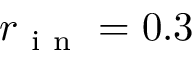
r _ { \mathrm { ~ i ~ n ~ } } = 0 . 3